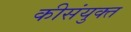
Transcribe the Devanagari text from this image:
कीसंयुक्त